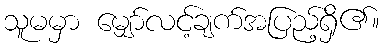
သူမမှာ မျှော်လင့်ချက်အပြည့်ရှိ၏။